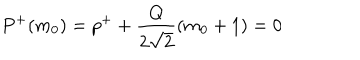
LaTeX: P ^ { + } ( m _ { 0 } ) = p ^ { + } + \frac { Q } { 2 \sqrt { 2 } } ( m _ { 0 } + 1 ) = 0